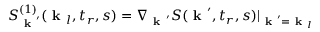
S _ { \textbf { k } ^ { \prime } } ^ { ( 1 ) } ( \textbf { k } _ { l } , t _ { r } , s ) = \nabla _ { \textbf { k } ^ { \prime } } S ( \textbf { k } ^ { \prime } , t _ { r } , s ) | _ { \textbf { k } ^ { \prime } = \textbf { k } _ { l } }